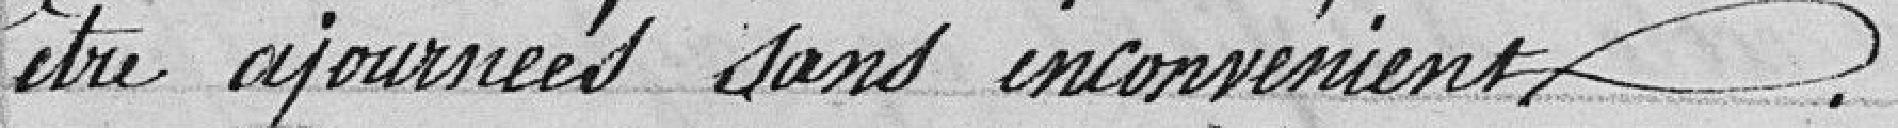
être ajournées sans inconvénients.